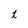
Character: t